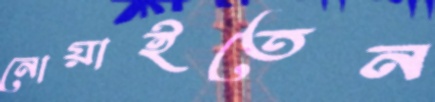
নোয়াইতেন